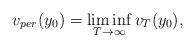
LaTeX: \begin{align*} v_{per}(y_0) = \liminf_{T\rightarrow\infty}v_T(y_0),\end{align*}